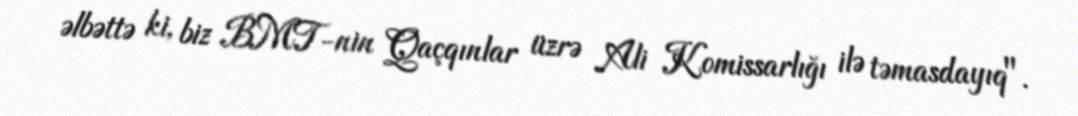
əlbəttə ki, biz BMT-nin Qaçqınlar üzrə Ali Komissarlığı ilə təmasdayıq".